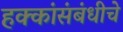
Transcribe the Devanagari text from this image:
हक्कांसंबंधीचे